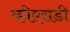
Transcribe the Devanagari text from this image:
व्हीएसडी